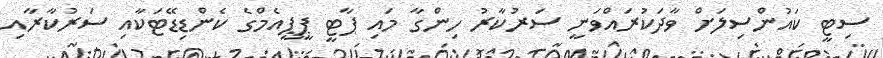
ސިޓީ ކައުންސިލަށް ވާދަކުރައްވަނީ ސަރުކާރު ހިންގާ މައި ޕާޓީ ޕީޕީއެމްގެ ކެންޑިޑޭޓަކާއި ސަރުކާރާއި